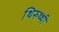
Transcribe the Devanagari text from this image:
थिरुथ्थी